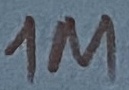
Text: 1M